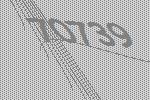
70739